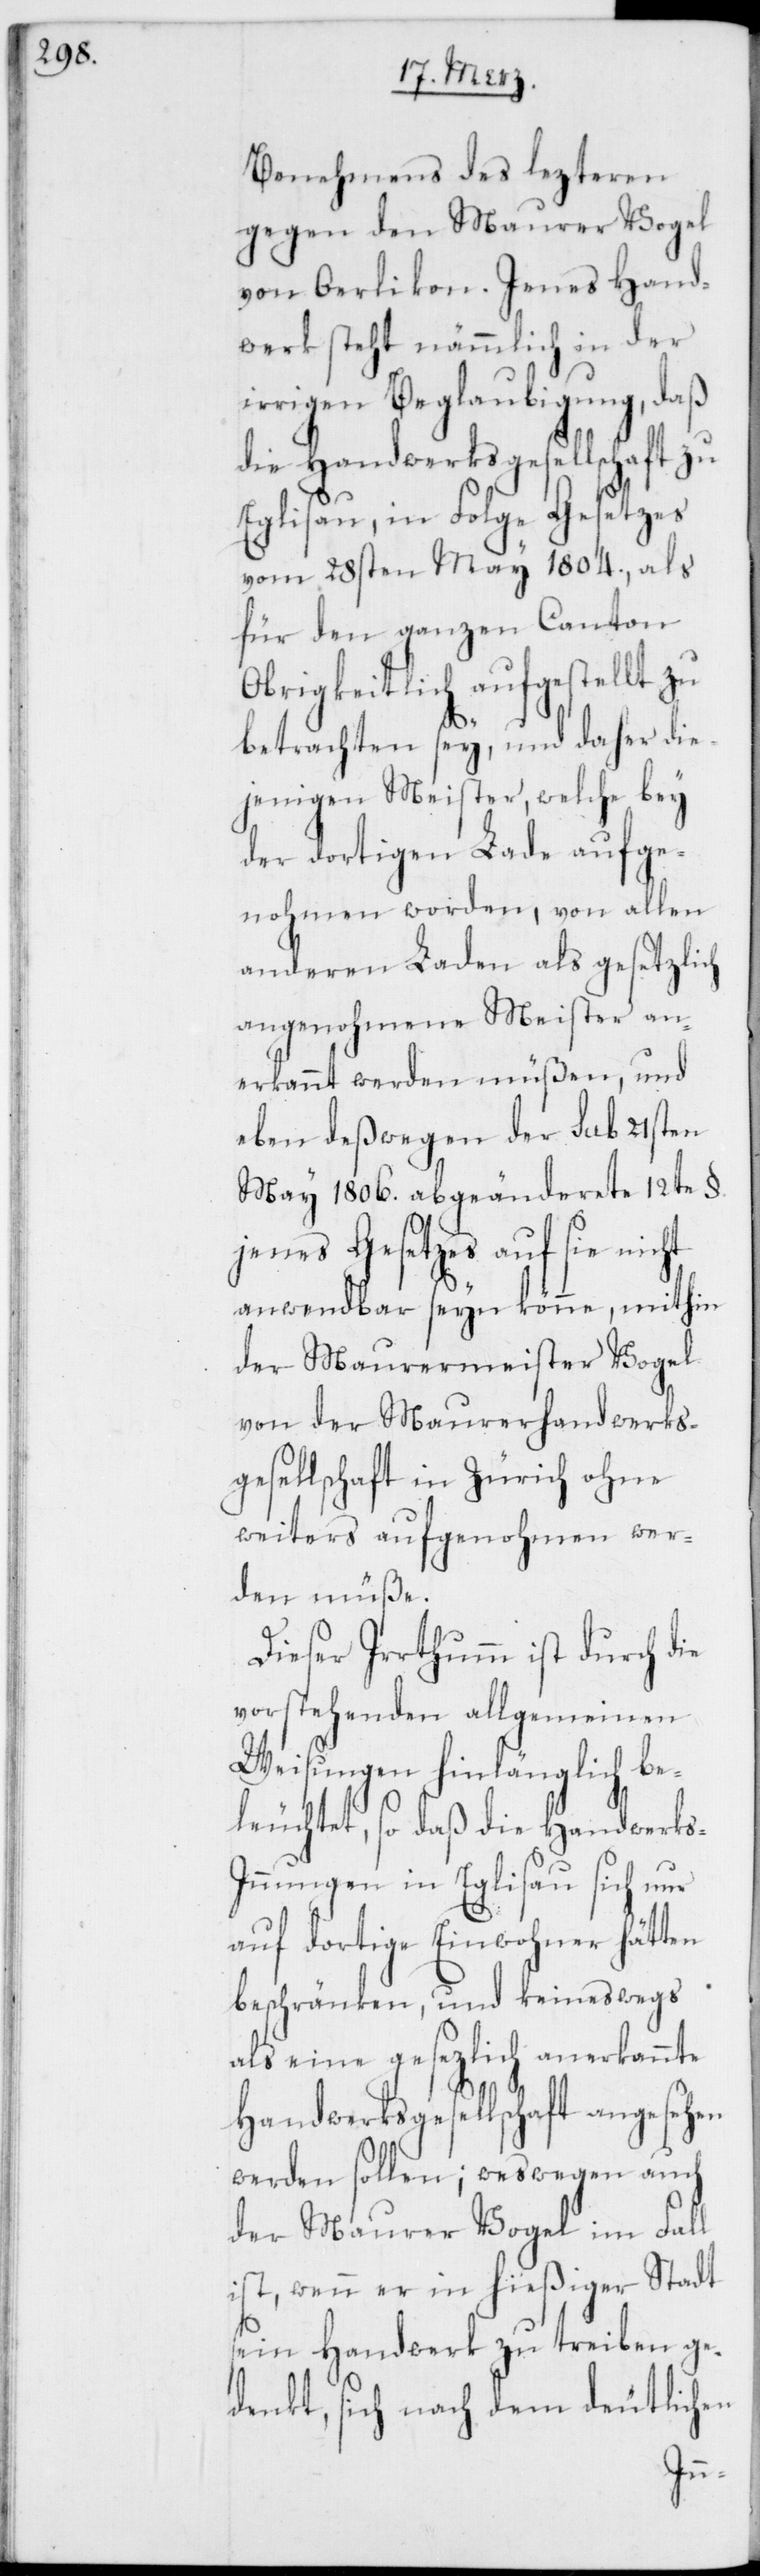
Benehmens des lezteren
gegen den Maurer Vogel
von Oerlikon. Jenes Hand¬
werk steht nämmlich in der
irrigen Beglaubigung, daß
die Handwerksgesellschaft zu
Eglisau, in Folge Gesetzes
vom 28sten May 1804., als
für den ganzen Canton
Obrigkeitlich aufgestellt zu
betrachten sey, und daher die¬
jenigen Meister, welche bey
der dortigen Lade aufge¬
nohmen worden, von allen
anderen Laden als gesetzlich
angenohmene Meister an¬
erkannt werden müßen, und
eben deßwegen der sub 21sten
May 1806. abgeänderete 12te §.
jenes Gesetzes auf sie nicht
anwendbar seyn könne, mithin
der Maurermeister Vogel
von der Maurerhandwerks¬
gesellschaft in Zürich ohne
weiters aufgenohmen wer¬
den müße.
Dieser Irrthum ist durch die
vorstehenden allgemeinen
Weisungen hinlänglich be¬
leuchtet, so daß die Handwerk¬
s-Innungen in Eglisau sich nur
auf dortige Einwohner hätten
beschränken, und keineswegs
als eine gesezlich anerkannte
Handwerksgesellschaft angesehen
werden sollen; weswegen auch
der Maurer Vogel im Fall
ist, wenn er in hießiger Stadt
sein Handwerk zu treiben ge¬
denkt, sich nach dem deutlichen